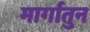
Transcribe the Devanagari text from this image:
मार्गातुन